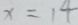
x = 1 4